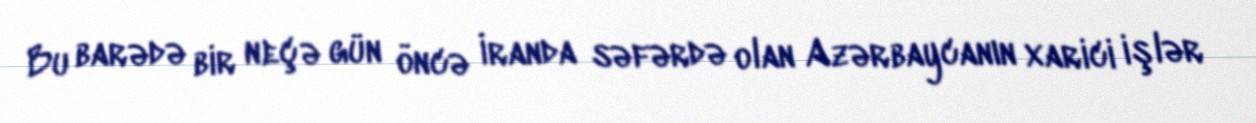
Bu barədə bir neçə gün öncə İranda səfərdə olan Azərbaycanın xarici işlər